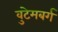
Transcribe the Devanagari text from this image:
वुटेमबर्ग